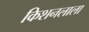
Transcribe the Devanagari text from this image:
किशनलाला